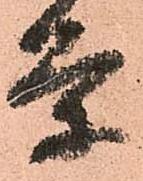
条